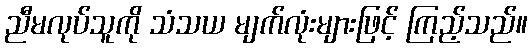
ညီမလုပ်သူကို သံသယ မျက်လုံးများဖြင့် ကြည့်သည်။